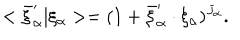
< \bar { \xi } _ { \alpha } ^ { \prime } \vert \xi _ { \alpha } > = ( 1 + \bar { \xi } _ { \alpha } ^ { \prime } \cdot \xi _ { \alpha } ) ^ { J _ { \alpha } } .